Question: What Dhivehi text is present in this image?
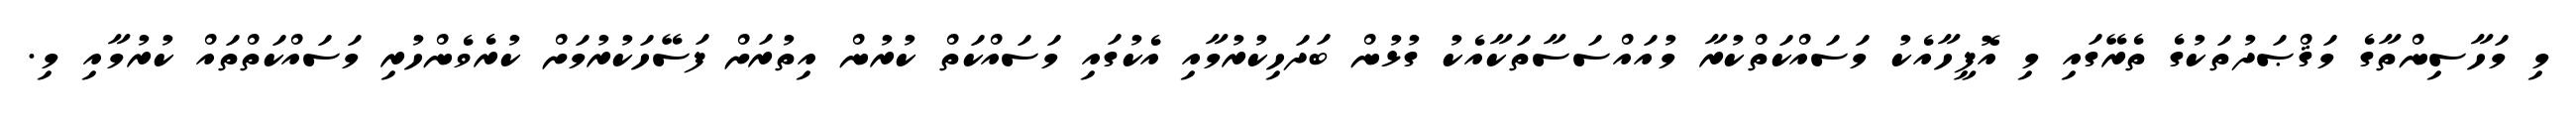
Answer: މި މަހާސިންތާގެ މަޤްޞަދުތަކުގެ ތެރޭގައި މި އޮފީހާއެކު މަސައްކަތްކުރާ މުއައްސަސާތަކާއެކު ގުޅުން ބަދަހިކުރުމާއި އެކުގައި މަސައްކަތް ކުރުން އިތުރަށް ފަސޭހަކުރުމަށް ކުރެވެންހުރި މަސައްކަތްތައް ކުރުމާއި މި.